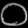
Digit: ၀